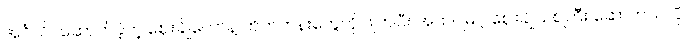
အင်္ဂလိပ်ဆောက်ခဲ့တဲ့ ဈေးချိုတော်နဲ့ တိုက်တန်းတွေကို ဖျက်ပြီး အထပ်မြင့် ဈေးချိုသစ်ကြီး ဆောက်သလို